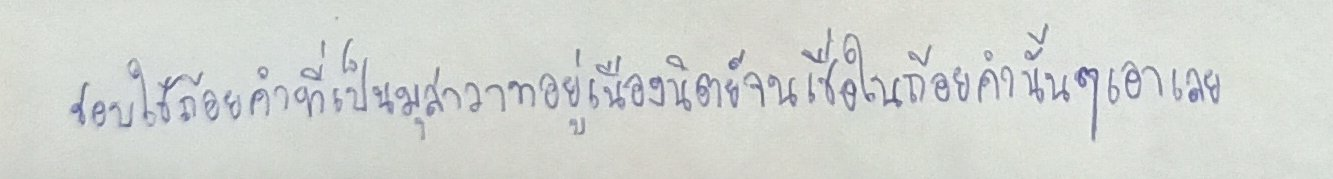
ชอบใช้ถ้อยคำที่เป็นมุสาวาทอยู่เนืองนิตย์จนเชื่อในถ้อยคำนั้นๆเอาเลย